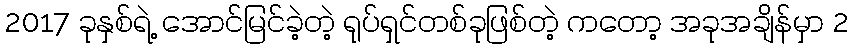
2017 ခုနှစ်ရဲ့ အောင်မြင်ခဲ့တဲ့ ရုပ်ရှင်တစ်ခုဖြစ်တဲ့ ကတော့ အခုအချိန်မှာ 2